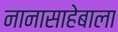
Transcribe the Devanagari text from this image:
नानासाहेबाला